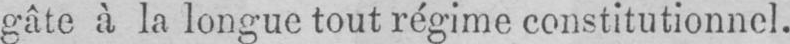
gâte à la longue tout régime constitutionnel.